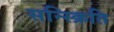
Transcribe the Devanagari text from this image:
सन्स्क्रिति